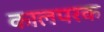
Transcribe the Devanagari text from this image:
कालपरक